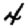
Digit: 4